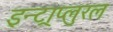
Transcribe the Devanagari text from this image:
इन्ट्राप्लुरल